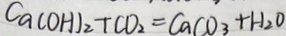
C a ( O H ) _ { 2 } + C O _ { 2 } = C a C O _ { 3 } + H _ { 2 } O